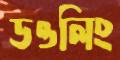
ডওলিং